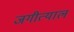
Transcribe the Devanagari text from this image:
जगीत्याल